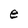
Character: e